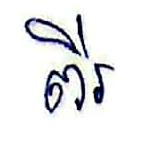
ពីរ